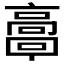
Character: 𩫗